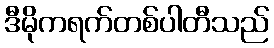
ဒီမိုကရက်တစ်ပါတီသည်